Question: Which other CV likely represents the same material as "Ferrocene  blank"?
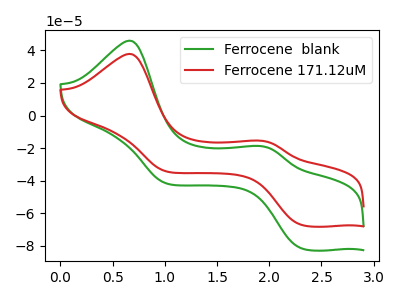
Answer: <think>The green curve "Ferrocene  blank" has anodic peaks at (0.65V, 45.95uA) (1.90V, -18.75uA) and cathodic peaks at (2.30V, -81.45uA) (1.00V, -41.60uA). The red curve "Ferrocene 171.12uM" has anodic peaks at (0.65V, 37.85uA) (1.90V, -15.40uA) and cathodic peaks at (2.30V, -67.05uA) (1.00V, -34.25uA).
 All the peaks in "Ferrocene  blank" have a peak in "Ferrocene 171.12uM" at the same potential.</think>
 <answer>The CV with the most similar shape to "Ferrocene 171.12uM" is "Ferrocene  blank".</answer>
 <eval>"Ferrocene  blank"</eval>